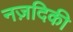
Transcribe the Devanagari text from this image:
नज़दिकी